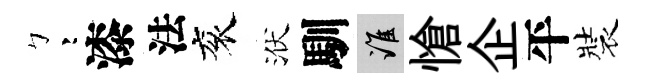
彎漆法衮洑馴誰愴企平裝